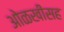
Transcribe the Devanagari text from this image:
ओळखीसह